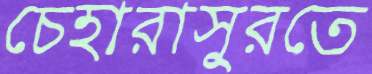
চেহারাসুরতে